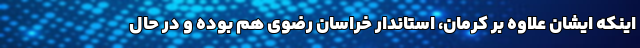
اینکه ایشان علاوه بر کرمان، استاندار خراسان رضوی هم بوده و در حال